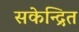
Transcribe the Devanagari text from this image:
सकेन्द्रित